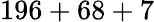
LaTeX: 196+68+7